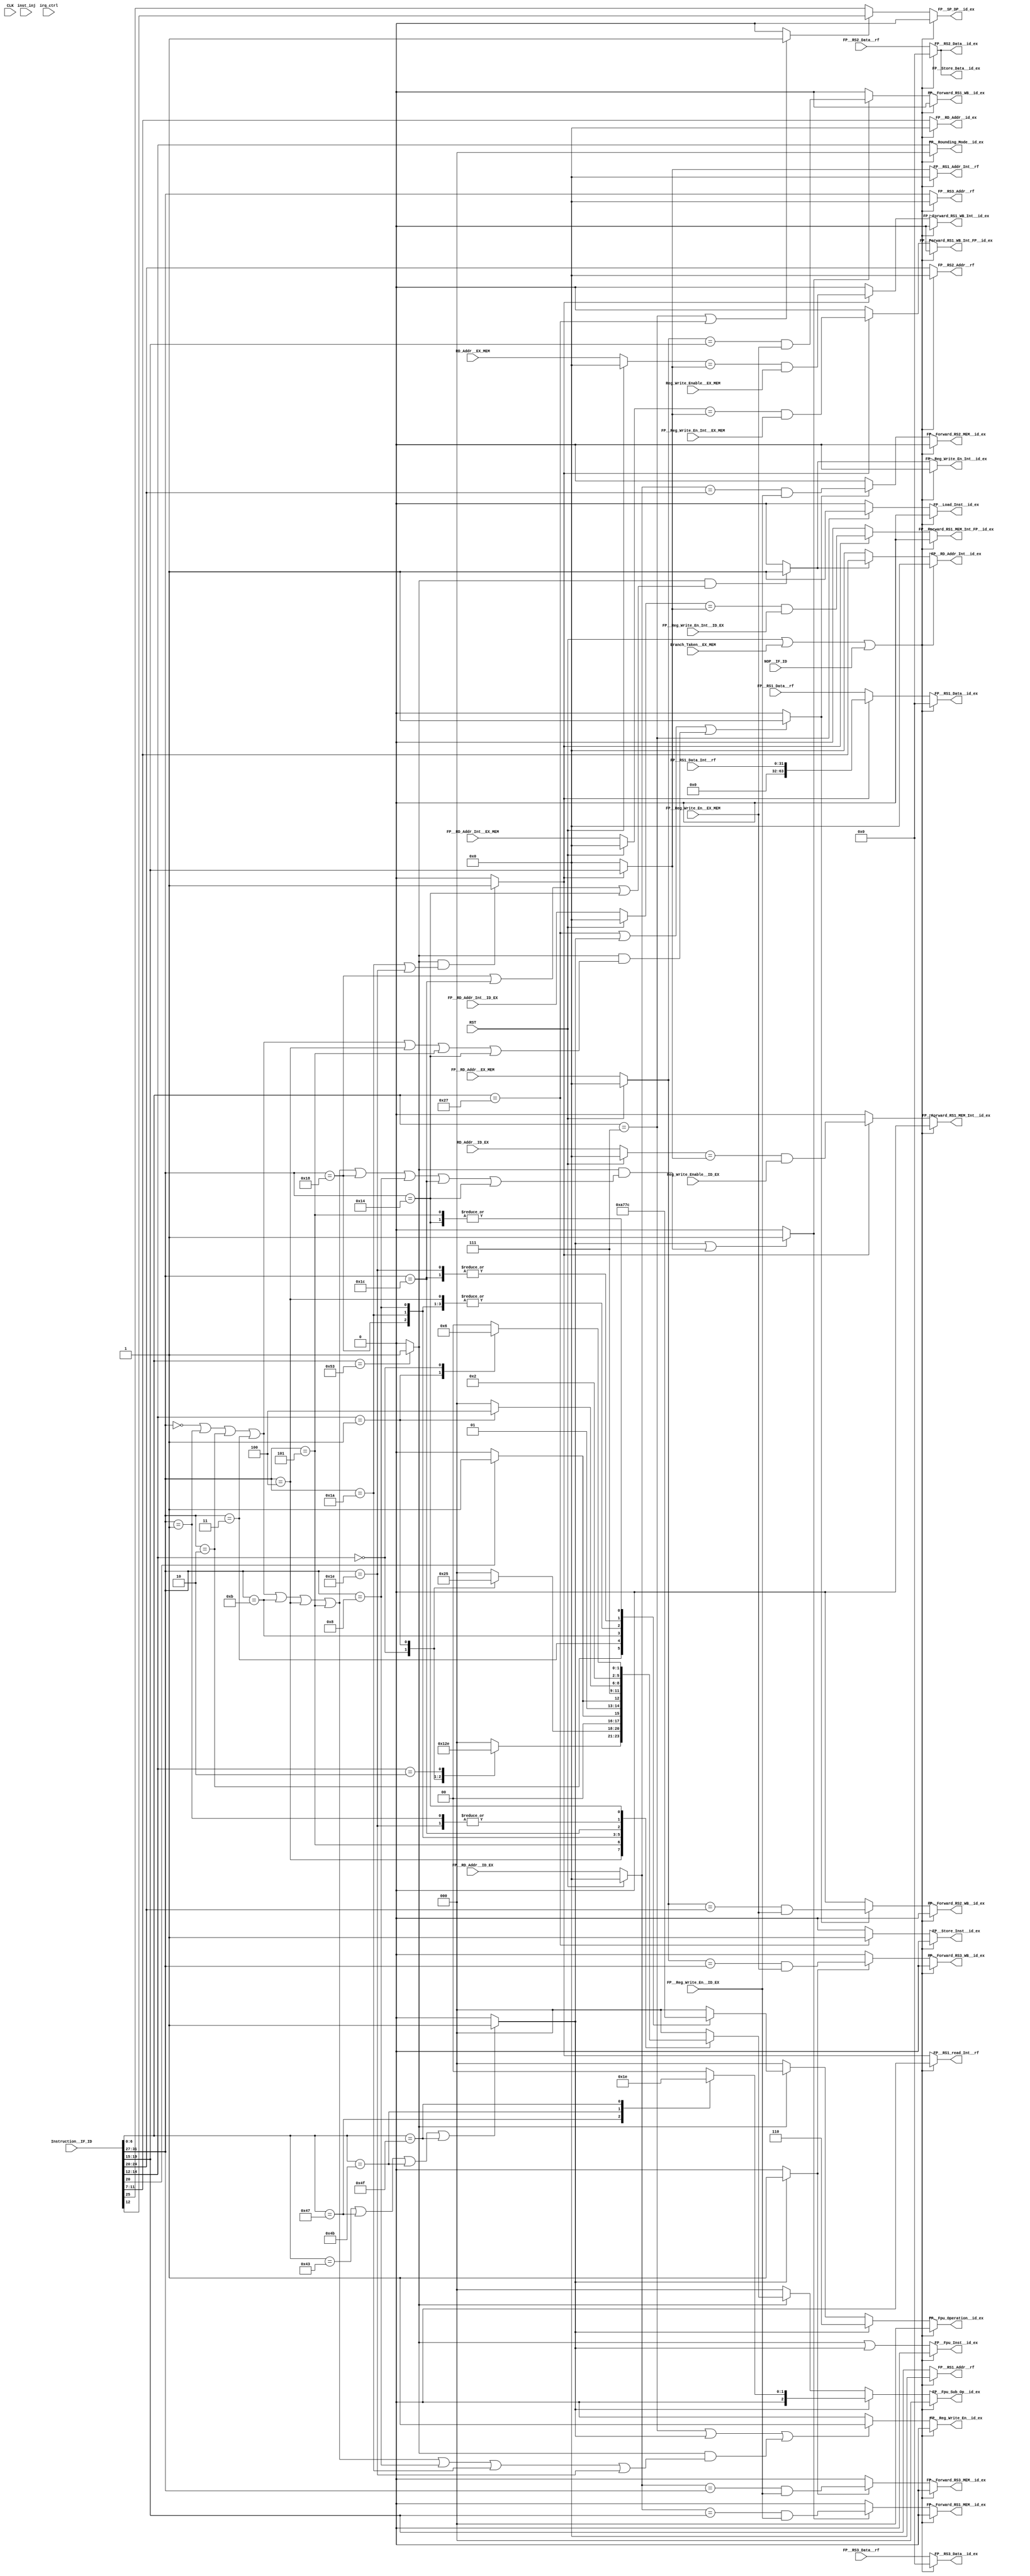
//******************************************************************************
// Copyright (c) 2014 - 2018, 2019 - 2021, Indian Institute of Science, Bangalore.
// All Rights Reserved. See LICENSE for license details.
//------------------------------------------------------------------------------

// Contributors
// Naveen Chander V (naveenv@alum.iisc.ac.in)
// Akshay Birari (akshay@alum.iisc.ac.in), Piyush Birla (piyush@alum.iisc.ac.in)
// Suseela Budi (suseela@alum.iisc.ac.in), Pradeep Gupta (gupta@alum.iisc.ac.in)
// Kavya Sharat (kavyasharat@alum.iisc.ac.in), Sumeet Bandishte (sumeet.bandishte30@gmail.com)
// Kuruvilla Varghese (kuru@iisc.ac.in)
`timescale 1ns / 1ps

// Input

// Opcode values in Instruction__IF_ID

`define OP_LOAD_FP      7'b0000111
`define OP_STORE_FP     7'b0100111
`define OP_MADD         7'b1000011
`define OP_MSUB         7'b1000111
`define OP_NMSUB        7'b1001011
`define OP_NMADD        7'b1001111
`define OP_FP           7'b1010011


`define FUNC_SP 2'b00
`define FUNC_DP 2'b01

// Function values in Instruction__IF_ID

`define FADD        5'b00000
`define FSUB        5'b00001
`define FMUL        5'b00010
`define FDIV        5'b00011
`define FSQRT       5'b01011
`define FSGNJ       5'b00100
`define FMIN_MAX    5'b00101
`define FCVT_W_FP   5'b11000
`define FCVT_FP_W   5'b11010
`define FCVT_FP_FP  5'b01000
`define FMV_X_W     5'b11100
`define FMV_W_X     5'b11110                      
`define FEQ_LT_LE   5'b10100

// Sub_Function values in Instruction__IF_ID

`define FUNC_SGNJ   3'b000
`define FUNC_SGNJN  3'b001
`define FUNC_SGNJX  3'b010


`define FUNC_MIN    3'b000
`define FUNC_MAX    3'b001


`define FUNC_SIGNED     1'b0
`define FUNC_UNSIGNED   1'b1


`define FUNC_MV_X_W 3'b000
`define FUNC_CLASS 3'b001


`define FUNC_EQ 3'b010
`define FUNC_LT 3'b001
`define FUNC_LE 3'b000






//Output
 
//values for FP__Fpu_Operation__id_ex

`define ADD             3'b000
`define MULT            3'b001
`define DIV             3'b010
`define SQRT            3'b011
`define COMPARE         3'b100
`define CONVERT         3'b101
`define FUSED_MULT_ADD  3'b110
`define TRANSFER        3'b111

//values for FP__Fpu_Sub_Op__id_ex

`define EQUAL           3'b000
`define LESS_THAN       3'b001
`define LESS_OR_EQUAL   3'b010
`define MIN             3'b100
`define MAX             3'b101

`define FP_TO_INT_SIGNED    3'b000
`define FP_TO_INT_UNSIGNED  3'b001
`define INT_TO_FP_SIGNED    3'b010
`define INT_TO_FP_UNSIGNED  3'b011
`define SIGN_INJECTION      3'b100
`define SIGN_INJECTION_NEG  3'b101
`define SIGN_INJECTION_XOR  3'b110
`define FP_TO_FP            3'b111

`define FMADD   3'b000
`define FMSUB   3'b001
`define FNMADD  3'b010
`define FNMSUB  3'b011

`define MOV_INT_FP  3'b000
`define MOV_FP_INT  3'b001
`define FCLASS      3'b100






module FP_DECODE
(
    input CLK,
    input RST,
    
    // Input - Output
    input [31:0] Instruction__IF_ID,
    input Branch_Taken__EX_MEM,                                     //Branch decision calculated in EX stage from EX_MEM stage
    input NOP__IF_ID,                                               //Branch decision calculated in EX stage from EX_MEM stage register in IF_ID stage
    
    // Output to Reg File
    output reg [4:0] FP__RS1_Addr__rf,
    output reg [4:0] FP__RS2_Addr__rf,
    output reg [4:0] FP__RS3_Addr__rf,
    output reg [4:0] FP__RS1_Addr_Int__rf,
    output reg FP__RS1_read_Int__rf,
    
    // Input data read from reg file
    input [63:0] FP__RS1_Data__rf,         
    input [63:0] FP__RS2_Data__rf,
    input [63:0] FP__RS3_Data__rf,
    input [31:0] FP__RS1_Data_Int__rf,
    
    output reg [4:0] FP__RD_Addr__id_ex,
    output reg FP__Reg_Write_En__id_ex,
    output reg [4:0] FP__RD_Addr_Int__id_ex,
    output reg FP__Reg_Write_En_Int__id_ex,
    
    // Input for forwarding unit
    input FP__Reg_Write_En__ID_EX,
    input FP__Reg_Write_En__EX_MEM,
    input [4:0] FP__RD_Addr__ID_EX,
    input [4:0] FP__RD_Addr__EX_MEM,
    
    input Reg_Write_Enable__ID_EX,                  //Reg write-back control signal from ID_EX stage
    input Reg_Write_Enable__EX_MEM,                 //Reg write-back control signal from EX_MEM stage
    input [4:0] RD_Addr__ID_EX,                     //Destination Register Addr from ID_EX stage
    input [4:0] RD_Addr__EX_MEM,                    //Destination Register Addr from EX_MEM stage  
    
    input FP__Reg_Write_En_Int__ID_EX,
    input FP__Reg_Write_En_Int__EX_MEM,
    input [4:0] FP__RD_Addr_Int__ID_EX,
    input [4:0] FP__RD_Addr_Int__EX_MEM,
    
    // Output for forwarding unit
    output reg FP__Forward_RS1_MEM__id_ex,
    output reg FP__Forward_RS2_MEM__id_ex,
    output reg FP__Forward_RS3_MEM__id_ex,
    output reg FP__Forward_RS1_WB__id_ex,
    output reg FP__Forward_RS2_WB__id_ex,
    output reg FP__Forward_RS3_WB__id_ex,
    output reg FP__Forward_RS1_MEM_Int__id_ex,              //MEM stage forwarding for RS1 control signal to ID_EX stage
    output reg FP__Forward_RS1_WB_Int__id_ex,               //WB stage forwarding for rs1 control signal to ID_EX stage  
    output reg FP__Forward_RS1_MEM_Int_FP__id_ex,              
    output reg FP__Forward_RS1_WB_Int_FP__id_ex,               

    // Output Control signals to EX stage
    output reg [2:0] FP__Fpu_Operation__id_ex,
    output reg [2:0] FP__Fpu_Sub_Op__id_ex,
    output reg [2:0] FP__Rounding_Mode__id_ex, 
    output reg FP__SP_DP__id_ex,
    output reg FP__Fpu_Inst__id_ex,
    output reg [63:0] FP__RS1_Data__id_ex,
    output reg [63:0] FP__RS2_Data__id_ex,
    output reg [63:0] FP__RS3_Data__id_ex,
    
    output reg [63:0] FP__Store_Data__id_ex,
    output reg FP__Load_Inst__id_ex,
    output reg FP__Store_Inst__id_ex,
    
    input [31:0] inst_inj,
    input irq_ctrl    
);
    







// Signals
wire FPU_load_store_op;
wire FPU_fused_muladd_op;
wire FPU_op;
wire FPU_load_op;
wire FPU_store_op;


wire [4:0] FP_RF_write_addr_int;
wire [4:0] FP_RF_read_addr_1_int;
wire [4:0] FP_RF_read_addr_2_int;
wire [4:0] FP_RF_read_addr_3_int;

wire FP_RF_write_op_int;
wire FP_RF_read_op_1;
wire FP_RF_read_op_2;
wire FP_RF_read_op_3;


wire [4:0] FP_INT_RF_read_addr_1_int;
wire FP_INT_RF_read_op_1;

wire [4:0] FP_INT_RF_write_addr_int;
wire FP_INT_RF_write_op_int;

reg [4:0] write_addr_EX;
reg [4:0] write_addr_MEM;
reg [4:0] write_addr_WB;
reg [4:0] Int_write_addr_WB;      
reg [4:0] Int_write_addr_MEM; 
reg [4:0] Int_write_addr_FP_WB;      
reg [4:0] Int_write_addr_FP_MEM; 


//wire [31:0] Instruction__IF_ID;
//assign Instruction__IF_ID = irq_ctrl ? 32'b0 : Instruction;



// Instruction__IF_ID type decode
assign FPU_load_op = (Instruction__IF_ID[6:0] == `OP_LOAD_FP) ? 1'b1 : 1'b0;

assign FPU_store_op = (Instruction__IF_ID[6:0] == `OP_STORE_FP) ? 1'b1 : 1'b0;

assign FPU_load_store_op = ((Instruction__IF_ID[6:0] == `OP_LOAD_FP) | (Instruction__IF_ID[6:0] == `OP_STORE_FP)) ? 1'b1 : 1'b0;

assign FPU_fused_muladd_op = ((Instruction__IF_ID[6:0] == `OP_MADD) | (Instruction__IF_ID[6:0] == `OP_MSUB) | (Instruction__IF_ID[6:0] == `OP_NMSUB) | (Instruction__IF_ID[6:0] == `OP_NMADD)) ? 1'b1 : 1'b0;

assign FPU_op = (Instruction__IF_ID[6:0] == `OP_FP) ? 1'b1 : 1'b0;



// read - write addr decode
assign FP_RF_write_addr_int = Instruction__IF_ID[11:7];
assign FP_RF_read_addr_1_int = Instruction__IF_ID[19:15];
assign FP_RF_read_addr_2_int = Instruction__IF_ID[24:20];
assign FP_RF_read_addr_3_int = Instruction__IF_ID[31:27];

assign FP_INT_RF_read_addr_1_int = FP_INT_RF_read_op_1 ? Instruction__IF_ID[19:15] : 5'b00000;     // FP operation - integer file read
assign FP_INT_RF_write_addr_int = FP_INT_RF_write_op_int ? Instruction__IF_ID[11:7] : 5'b00000;        // FP operation - integer file write


// read - write operation control signals
assign FP_RF_write_op_int = ((Instruction__IF_ID[6:0] == `OP_LOAD_FP) | FPU_fused_muladd_op | (FPU_op & ((Instruction__IF_ID[31:27] == `FADD) | (Instruction__IF_ID[31:27] == `FSUB) | (Instruction__IF_ID[31:27] == `FMUL)
                                                                                | (Instruction__IF_ID[31:27] == `FDIV) | (Instruction__IF_ID[31:27] == `FSQRT) | (Instruction__IF_ID[31:27] == `FSGNJ) 
                                                                                | (Instruction__IF_ID[31:27] == `FMIN_MAX) | (Instruction__IF_ID[31:27] == `FCVT_FP_FP) | (Instruction__IF_ID[31:27] == `FCVT_FP_W) 
                                                                                | (Instruction__IF_ID[31:27] == `FMV_W_X)))) ? 1'b1 : 1'b0;

assign FP_RF_read_op_1 = (FPU_fused_muladd_op | (FPU_op & ((Instruction__IF_ID[31:27] == `FADD) | (Instruction__IF_ID[31:27] == `FSUB) | (Instruction__IF_ID[31:27] == `FMUL)
                                                                                | (Instruction__IF_ID[31:27] == `FDIV) | (Instruction__IF_ID[31:27] == `FSQRT) | (Instruction__IF_ID[31:27] == `FSGNJ) 
                                                                                | (Instruction__IF_ID[31:27] == `FMIN_MAX) | (Instruction__IF_ID[31:27] == `FCVT_W_FP) | (Instruction__IF_ID[31:27] == `FCVT_FP_FP) 
                                                                                | (Instruction__IF_ID[31:27] == `FMV_X_W) | (Instruction__IF_ID[31:27] == `FEQ_LT_LE)))) ? 1'b1 : 1'b0;

assign FP_RF_read_op_2 = ((Instruction__IF_ID[6:0] == `OP_STORE_FP) | FPU_fused_muladd_op | (FPU_op & ((Instruction__IF_ID[31:27] == `FADD) | (Instruction__IF_ID[31:27] == `FSUB) | (Instruction__IF_ID[31:27] == `FMUL)
                                                            | (Instruction__IF_ID[31:27] == `FDIV) | (Instruction__IF_ID[31:27] == `FSGNJ) | (Instruction__IF_ID[31:27] == `FMIN_MAX) 
                                                            | (Instruction__IF_ID[31:27] == `FEQ_LT_LE)))) ? 1'b1 : 1'b0;

assign FP_RF_read_op_3 = (FPU_fused_muladd_op) ? 1'b1 : 1'b0;

assign FP_INT_RF_read_op_1 = (FPU_op & ((Instruction__IF_ID[31:27] == `FCVT_FP_W) | (Instruction__IF_ID[31:27] == `FMV_W_X))) ? 1'b1 : 1'b0;

assign FP_INT_RF_write_op_int = (FPU_op & ((Instruction__IF_ID[31:27] == `FCVT_W_FP) | (Instruction__IF_ID[31:27] == `FMV_X_W) | (Instruction__IF_ID[31:27] == `FEQ_LT_LE))) ? 1'b1 : 1'b0;






// write addr of prev Instruction__IF_ID -- Forwarding
always @(*) begin
    if(RST) begin
        write_addr_WB <= 5'b0;      
        write_addr_MEM <= 5'b0;      
        write_addr_EX <= 5'b0; 
        Int_write_addr_WB <= 5'b0;      
        Int_write_addr_MEM <= 5'b0;    
        Int_write_addr_FP_WB <= 5'b0;      
        Int_write_addr_FP_MEM <= 5'b0;         
    end
    else begin
        write_addr_WB <= FP__RD_Addr__EX_MEM;
        write_addr_MEM <= FP__RD_Addr__ID_EX;
        write_addr_EX <= FP_RF_write_addr_int; 
        Int_write_addr_WB <= RD_Addr__EX_MEM;      
        Int_write_addr_MEM <= RD_Addr__ID_EX;         
        Int_write_addr_FP_WB <= FP__RD_Addr_Int__EX_MEM;      
        Int_write_addr_FP_MEM <= FP__RD_Addr_Int__ID_EX;            
    end
end
        
// Forwarding control signals
always @(*) begin
    if(RST | Branch_Taken__EX_MEM | NOP__IF_ID) begin
        FP__Forward_RS1_MEM__id_ex <= 1'b0;      
        FP__Forward_RS2_MEM__id_ex <= 1'b0;      
        FP__Forward_RS3_MEM__id_ex <= 1'b0;  
        FP__Forward_RS1_WB__id_ex <= 1'b0;      
        FP__Forward_RS2_WB__id_ex <= 1'b0;      
        FP__Forward_RS3_WB__id_ex <= 1'b0; 
        FP__Forward_RS1_MEM_Int__id_ex <= 1'b0;   
        FP__Forward_RS1_WB_Int__id_ex <= 1'b0; 
        FP__Forward_RS1_MEM_Int_FP__id_ex <= 1'b0;   
        FP__Forward_RS1_WB_Int_FP__id_ex <= 1'b0; 
    end
    else begin
        FP__Forward_RS1_MEM__id_ex <= FP_RF_read_op_1 ? ((write_addr_MEM == FP_RF_read_addr_1_int) & FP__Reg_Write_En__ID_EX) : 1'b0;      
        FP__Forward_RS2_MEM__id_ex <= FP_RF_read_op_2 ? ((write_addr_MEM == FP_RF_read_addr_2_int) & FP__Reg_Write_En__ID_EX) : 1'b0;      
        FP__Forward_RS3_MEM__id_ex <= FP_RF_read_op_3 ? ((write_addr_MEM == FP_RF_read_addr_3_int) & FP__Reg_Write_En__ID_EX) : 1'b0;  
        FP__Forward_RS1_WB__id_ex <= FP_RF_read_op_1 ? ((write_addr_WB == FP_RF_read_addr_1_int) & FP__Reg_Write_En__EX_MEM) : 1'b0;      
        FP__Forward_RS2_WB__id_ex <= FP_RF_read_op_2 ? ((write_addr_WB == FP_RF_read_addr_2_int) & FP__Reg_Write_En__EX_MEM) : 1'b0;      
        FP__Forward_RS3_WB__id_ex <= FP_RF_read_op_3 ? ((write_addr_WB == FP_RF_read_addr_3_int) & FP__Reg_Write_En__EX_MEM) : 1'b0; 
        FP__Forward_RS1_MEM_Int__id_ex <= FP_INT_RF_read_op_1 ? ((Int_write_addr_MEM == FP_INT_RF_read_addr_1_int) & Reg_Write_Enable__ID_EX) : 1'b0;   
        FP__Forward_RS1_WB_Int__id_ex <= FP_INT_RF_read_op_1 ? ((Int_write_addr_WB == FP_INT_RF_read_addr_1_int) & Reg_Write_Enable__EX_MEM) : 1'b0;            
        FP__Forward_RS1_MEM_Int_FP__id_ex <= FP_INT_RF_read_op_1 ? ((Int_write_addr_FP_MEM == FP_INT_RF_read_addr_1_int) & FP__Reg_Write_En_Int__ID_EX) : 1'b0;    
        FP__Forward_RS1_WB_Int_FP__id_ex <= FP_INT_RF_read_op_1 ? ((Int_write_addr_FP_WB == FP_INT_RF_read_addr_1_int) & FP__Reg_Write_En_Int__EX_MEM) : 1'b0;          
    end
end


// Reg File read addr assign
always @(*) begin
    if(RST | Branch_Taken__EX_MEM | NOP__IF_ID) begin
        FP__RD_Addr__id_ex <= {5{1'b0}};
        FP__RS1_Addr__rf <= {5{1'b0}};
        FP__RS2_Addr__rf <= {5{1'b0}};
        FP__RS3_Addr__rf <= {5{1'b0}};
        FP__RS1_Addr_Int__rf <= {5{1'b0}};
        FP__RS1_read_Int__rf <= 1'b0;
        FP__Reg_Write_En__id_ex <= 1'b0; 
    end
    else begin
        FP__RD_Addr__id_ex <= FP_RF_write_addr_int;
        FP__RS1_Addr__rf <= FP_RF_read_addr_1_int;
        FP__RS2_Addr__rf <= FP_RF_read_addr_2_int;
        FP__RS3_Addr__rf <= FP_RF_read_addr_3_int;
        FP__RS1_Addr_Int__rf <= FP_INT_RF_read_addr_1_int;
        FP__RS1_read_Int__rf <= FP_INT_RF_read_op_1;
        FP__Reg_Write_En__id_ex <= FP_RF_write_op_int;
    end
end


// read data assign
always @(*) begin
    if(RST | Branch_Taken__EX_MEM | NOP__IF_ID) begin
        FP__RS1_Data__id_ex <= {64{1'b0}};
        FP__RS2_Data__id_ex <= {64{1'b0}};
        FP__RS3_Data__id_ex <= {64{1'b0}};
        
        FP__Store_Data__id_ex <= {64{1'b0}};
    end
    else begin
        FP__RS1_Data__id_ex <= FP_INT_RF_read_op_1 ? {{32{1'b0}}, FP__RS1_Data_Int__rf} : FP__RS1_Data__rf;
        FP__RS2_Data__id_ex <= FP__RS2_Data__rf;
        FP__RS3_Data__id_ex <= FP__RS3_Data__rf;
        
        FP__Store_Data__id_ex <= FP__RS2_Data__rf;
    end
end


// Decoding Instruction__IF_ID
always @(*) begin
    if (RST | Branch_Taken__EX_MEM | NOP__IF_ID) begin
        FP__Fpu_Operation__id_ex <= 3'b000;
        FP__Fpu_Sub_Op__id_ex <= 3'b000;
        FP__Rounding_Mode__id_ex <= 3'b000;
        FP__SP_DP__id_ex <= 1'b0;
        FP__Reg_Write_En_Int__id_ex <= 1'b0;
        FP__RD_Addr_Int__id_ex <= {5{1'b0}};
        FP__Fpu_Inst__id_ex <= 1'b0;
        FP__Load_Inst__id_ex <= 1'b0;
        FP__Store_Inst__id_ex <= 1'b0;  
    end
    else begin
        FP__SP_DP__id_ex <= FPU_load_store_op ? Instruction__IF_ID[12] : Instruction__IF_ID[25];
        FP__Rounding_Mode__id_ex <= Instruction__IF_ID[14:12];
        FP__Fpu_Inst__id_ex <= (FPU_op | FPU_fused_muladd_op);
        FP__Reg_Write_En_Int__id_ex <= FP_INT_RF_write_op_int;
        FP__RD_Addr_Int__id_ex <= FP_INT_RF_write_addr_int;
        FP__Load_Inst__id_ex <= FPU_load_op;
        FP__Store_Inst__id_ex <= FPU_store_op; 
        if (FPU_fused_muladd_op == 1'b1) begin
            FP__Fpu_Operation__id_ex <= `FUSED_MULT_ADD;
            case(Instruction__IF_ID[6:0]) 
                `OP_MADD:   FP__Fpu_Sub_Op__id_ex <= `FMADD; 
                `OP_MSUB:   FP__Fpu_Sub_Op__id_ex <= `FMSUB;
                `OP_NMSUB:  FP__Fpu_Sub_Op__id_ex <= `FNMSUB;  
                `OP_NMADD:  FP__Fpu_Sub_Op__id_ex <= `FNMADD; 
                default:    FP__Fpu_Sub_Op__id_ex <= 3'b000;
            endcase
        end
        else if (FPU_op == 1'b1) begin
            case(Instruction__IF_ID[31:27]) 
                `FADD: begin
                    FP__Fpu_Operation__id_ex <= `ADD;
                    FP__Fpu_Sub_Op__id_ex <= 3'b000;
                end
                
                `FSUB: begin
                    FP__Fpu_Operation__id_ex <= `ADD;
                    FP__Fpu_Sub_Op__id_ex <= 3'b001;                
                end
                
                `FMUL: begin
                    FP__Fpu_Operation__id_ex <= `MULT;
                    FP__Fpu_Sub_Op__id_ex <= 3'b000;             
                end
                
                `FDIV: begin
                    FP__Fpu_Operation__id_ex <= `DIV;
                    FP__Fpu_Sub_Op__id_ex <= 3'b000;            
                end
                
                `FSQRT: begin
                    FP__Fpu_Operation__id_ex <= `SQRT;
                    FP__Fpu_Sub_Op__id_ex <= 3'b000;  
                end
                
                `FSGNJ: begin
                    FP__Fpu_Operation__id_ex <= `CONVERT;
                    case(Instruction__IF_ID[14:12]) 
                        `FUNC_SGNJ:     FP__Fpu_Sub_Op__id_ex <= `SIGN_INJECTION;
                        `FUNC_SGNJN:    FP__Fpu_Sub_Op__id_ex <= `SIGN_INJECTION_NEG; 
                        `FUNC_SGNJX:    FP__Fpu_Sub_Op__id_ex <= `SIGN_INJECTION_XOR;
                        default:        FP__Fpu_Sub_Op__id_ex <= 3'b000;
                    endcase                
                end
                
                `FMIN_MAX: begin
                    FP__Fpu_Operation__id_ex <= `COMPARE;
                    case(Instruction__IF_ID[14:12]) 
                        `FUNC_MIN:      FP__Fpu_Sub_Op__id_ex <= `MIN;
                        `FUNC_MAX:      FP__Fpu_Sub_Op__id_ex <= `MAX; 
                        default:        FP__Fpu_Sub_Op__id_ex <= 3'b000;
                    endcase               
                end
                
                `FCVT_W_FP: begin
                    FP__Fpu_Operation__id_ex <= `CONVERT;
                    if (Instruction__IF_ID[20] == `FUNC_UNSIGNED)
                        FP__Fpu_Sub_Op__id_ex <= `FP_TO_INT_UNSIGNED;
                    else
                        FP__Fpu_Sub_Op__id_ex <= `FP_TO_INT_SIGNED;
                end
                
                `FCVT_FP_W: begin
                    FP__Fpu_Operation__id_ex <= `CONVERT;
                    if (Instruction__IF_ID[20] == `FUNC_UNSIGNED)
                        FP__Fpu_Sub_Op__id_ex <= `INT_TO_FP_UNSIGNED;
                    else
                        FP__Fpu_Sub_Op__id_ex <= `INT_TO_FP_SIGNED;                
                end
                
                `FCVT_FP_FP: begin
                    FP__Fpu_Operation__id_ex <= `CONVERT;
                    FP__Fpu_Sub_Op__id_ex <= `FP_TO_FP;             
                end
                
                `FMV_X_W: begin
                    FP__Fpu_Operation__id_ex <= `TRANSFER;
                    case(Instruction__IF_ID[14:12]) 
                        `FUNC_MV_X_W:   FP__Fpu_Sub_Op__id_ex <= `MOV_INT_FP;
                        `FUNC_CLASS:    FP__Fpu_Sub_Op__id_ex <= `FCLASS; 
                        default:        FP__Fpu_Sub_Op__id_ex <= 3'b000;
                    endcase         
                end
                
                `FMV_W_X: begin
                    FP__Fpu_Operation__id_ex <= `TRANSFER;
                    FP__Fpu_Sub_Op__id_ex <= `MOV_FP_INT;  
                end
                
                `FEQ_LT_LE: begin
                    FP__Fpu_Operation__id_ex <= `COMPARE;
                    case(Instruction__IF_ID[14:12]) 
                        `FUNC_EQ:   FP__Fpu_Sub_Op__id_ex <= `EQUAL;
                        `FUNC_LT:   FP__Fpu_Sub_Op__id_ex <= `LESS_THAN; 
                        `FUNC_LE:   FP__Fpu_Sub_Op__id_ex <= `LESS_OR_EQUAL;
                        default:    FP__Fpu_Sub_Op__id_ex <= 3'b000;
                    endcase              
                end
                
                default: begin
                    FP__Fpu_Operation__id_ex <= 3'b000;
                    FP__Fpu_Sub_Op__id_ex <= 3'b000;
                end
            endcase
        end
        else begin
            FP__Fpu_Operation__id_ex <= 3'b000;
            FP__Fpu_Sub_Op__id_ex <= 3'b000;
        end
    end     
end



endmodule